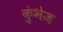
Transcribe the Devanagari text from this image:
कुंभेज